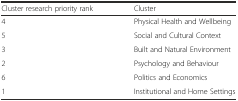
<table><thead><tr><td><b>Cluster research priority rank</b></td><td><b>Cluster</b></td></tr></thead><tbody><tr><td>4</td><td>Physical Health and Wellbeing</td></tr><tr><td>5</td><td>Social and Cultural Context</td></tr><tr><td>3</td><td>Built and Natural Environment</td></tr><tr><td>2</td><td>Psychology and Behaviour</td></tr><tr><td>6</td><td>Politics and Economics</td></tr><tr><td>1</td><td>Institutional and Home Settings</td></tr></tbody></table>